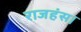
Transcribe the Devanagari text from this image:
राजहंस।